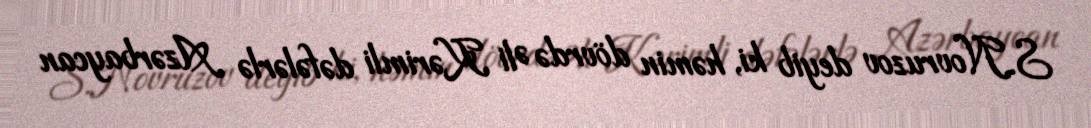
S.Novruzov deyib ki, həmin dövrdə Əli Kərimli dəfələrlə Azərbaycan